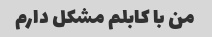
من با کابلم مشکل دارم